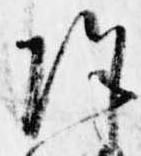
除